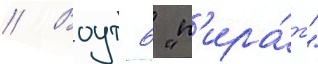
// Воут 6 "п'ира́т"